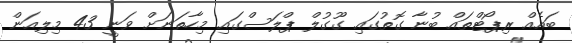
ބައެއް ރިޕޯޓްތައް ބުނާ ގޮތުގައި ގޫގުލް ޕްލަސްގައި މިހާތަނަށް ވަނީ 43 މިލިއަން